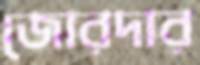
জোরদার